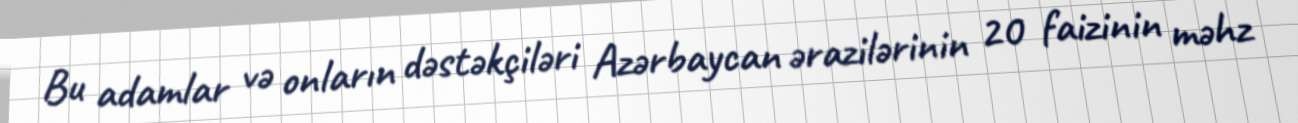
Bu adamlar və onların dəstəkçiləri Azərbaycan ərazilərinin 20 faizinin məhz